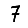
Digit: 7